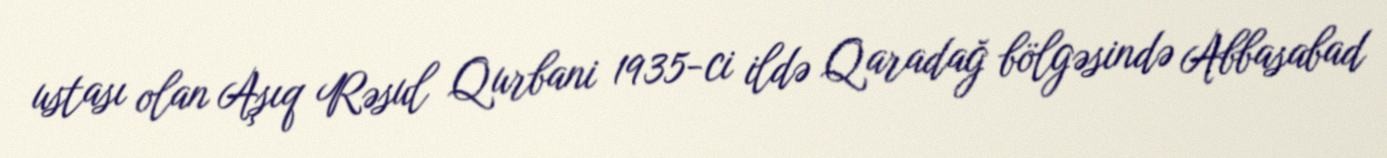
ustası olan Aşıq Rəsul Qurbani 1935-ci ildə Qaradağ bölgəsində Abbasabad